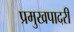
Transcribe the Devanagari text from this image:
प्रमुखपादरी